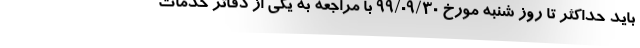
باید حداکثر تا روز شنبه مورخ ۹۹/۰۹/۳۰ با مراجعه به یکی از دفاتر خدمات